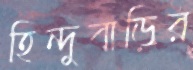
হিন্দুবাড়ির